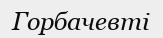
Горбачевті